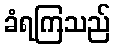
ခံရကြသည်